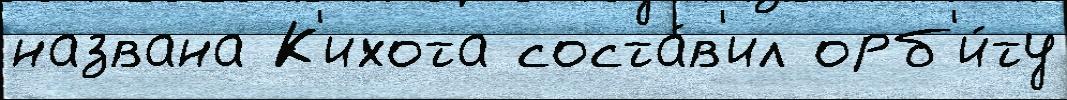
названа К'ихота соста́в'ил орб'и́ту